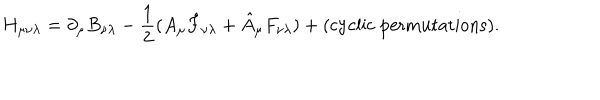
H _ { \mu \nu \lambda } = \partial _ { \mu } B _ { \nu \lambda } - { \frac { 1 } { 2 } } ( A _ { \mu } \hat { F } _ { \nu \lambda } + \hat { A } _ { \mu } F _ { \nu \lambda } ) + ( \mathrm { c y c l i c \ p e r m u t a t i o n s } ) .